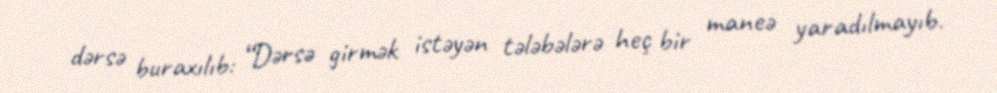
dərsə buraxılıb: “Dərsə girmək istəyən tələbələrə heç bir maneə yaradılmayıb.